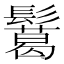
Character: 𩯝